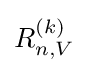
R_{n,V}^{(k)}